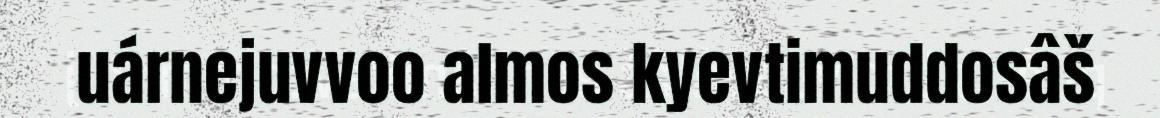
uárnejuvvoo almos kyevtimuddosâš